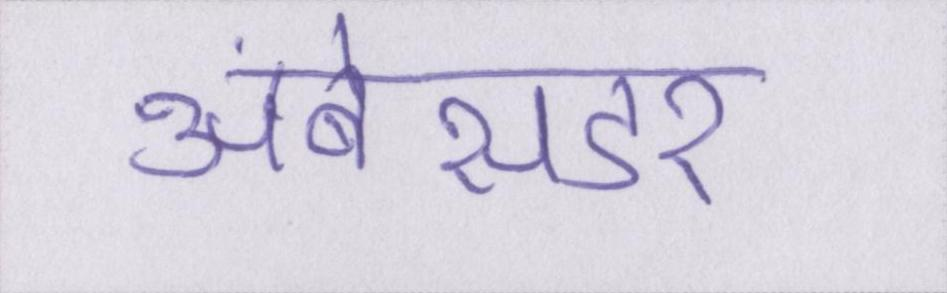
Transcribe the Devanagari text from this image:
अंबेसडर